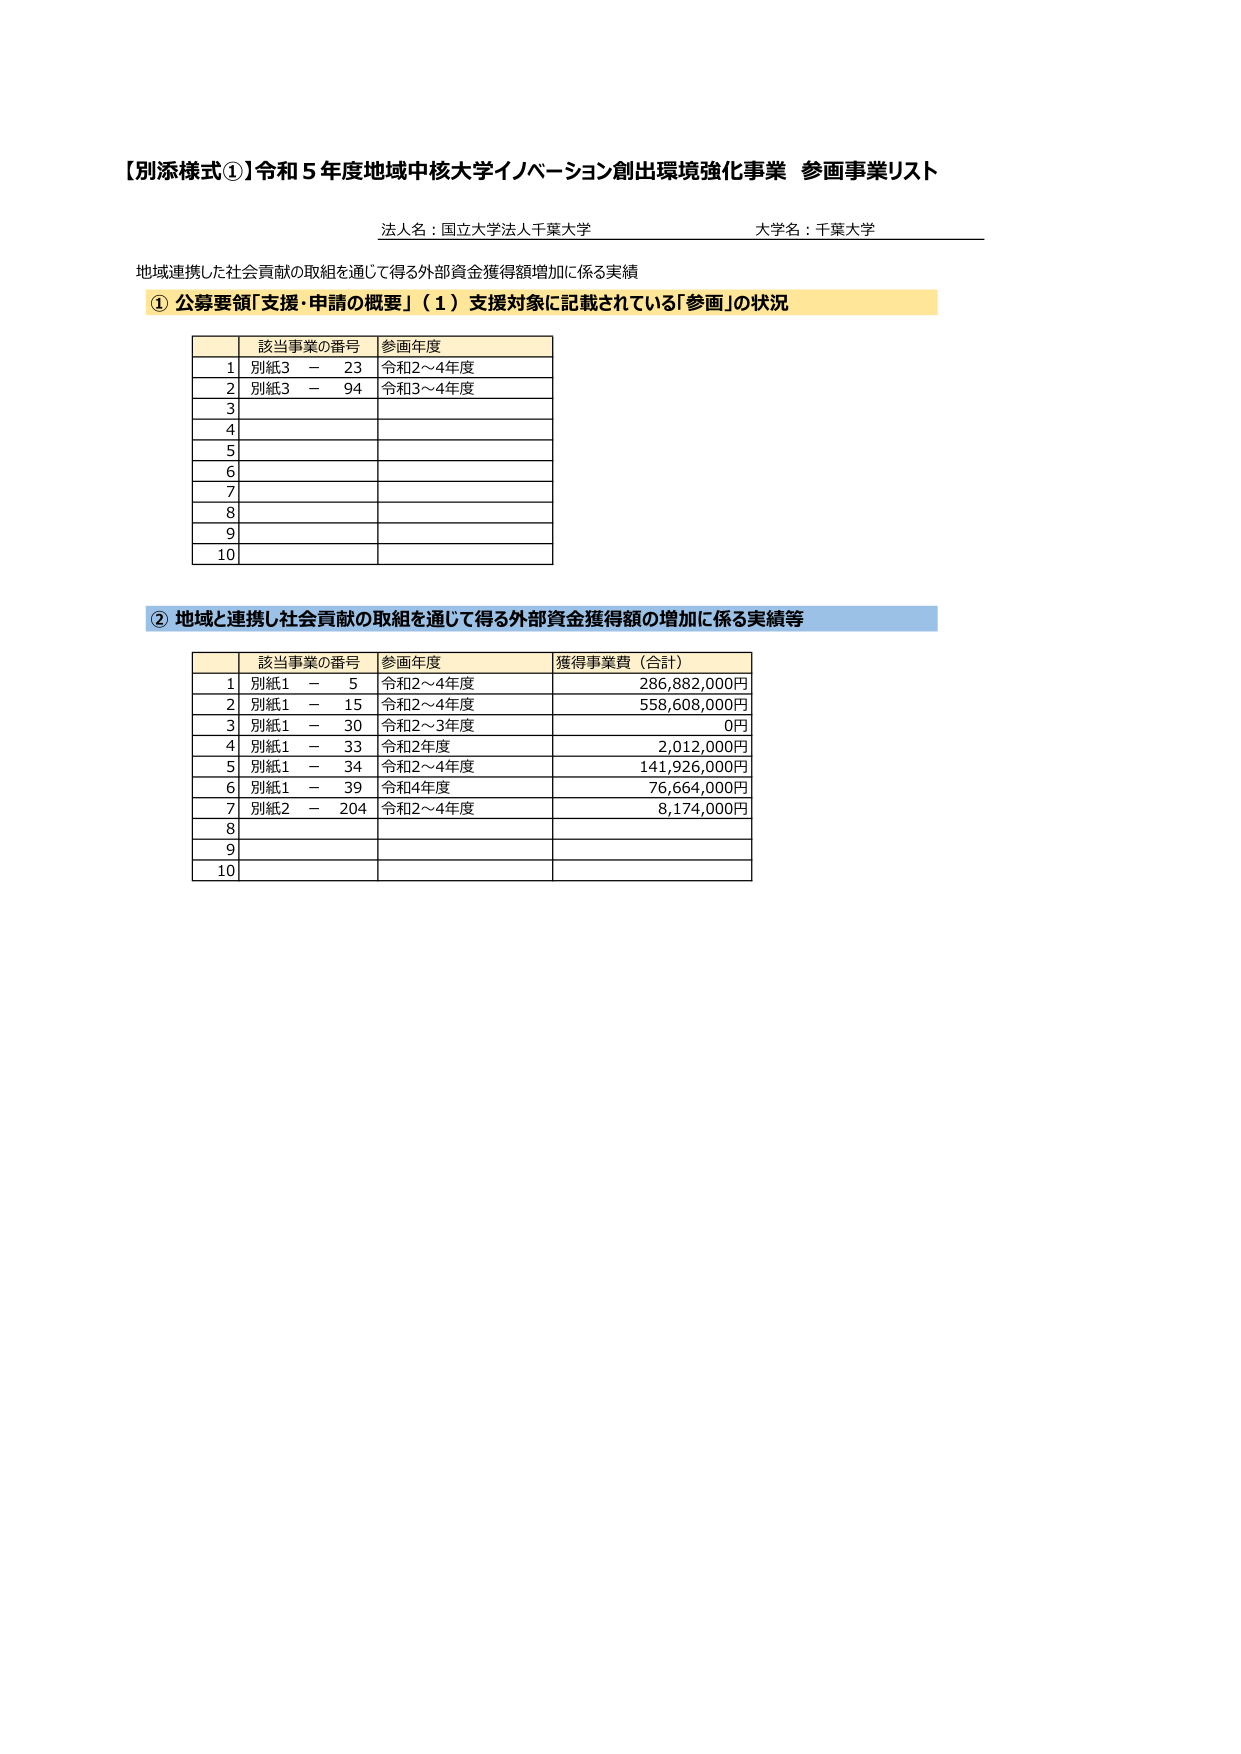
【別添様式①】令和５年度地域中核大学イノベーション創出環境強化事業 参画事業リスト

法人名：国立大学法人千葉大学　　　　　　　　　大学名：千葉大学

地域連携した社会貢献の取組を通じて得る外部資金獲得額増加に係る実績

① 公募要領「支援・申請の概要」（１）支援対象に記載されている「参画」の状況

| | 該当事業の番号 | 参画年度 |
|---|---|---|
| 1 | 別紙3 － 23 | 令和2～4年度 |
| 2 | 別紙3 － 94 | 令和3～4年度 |
| 3 | | |
| 4 | | |
| 5 | | |
| 6 | | |
| 7 | | |
| 8 | | |
| 9 | | |
| 10 | | |

② 地域と連携し社会貢献の取組を通じて得る外部資金獲得額の増加に係る実績等

| | 該当事業の番号 | 参画年度 | 獲得事業費（合計） |
|---|---|---|---|
| 1 | 別紙1 － 5 | 令和2～4年度 | 286,882,000円 |
| 2 | 別紙1 － 15 | 令和2～4年度 | 558,608,000円 |
| 3 | 別紙1 － 30 | 令和2～3年度 | 0円 |
| 4 | 別紙1 － 33 | 令和2年度 | 2,012,000円 |
| 5 | 別紙1 － 34 | 令和2～4年度 | 141,926,000円 |
| 6 | 別紙1 － 39 | 令和4年度 | 76,664,000円 |
| 7 | 別紙2 － 204 | 令和2～4年度 | 8,174,000円 |
| 8 | | | |
| 9 | | | |
| 10 | | | |